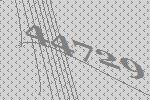
44729